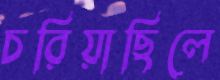
চরিয়াছিলে